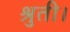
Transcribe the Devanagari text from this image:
श्रुती।